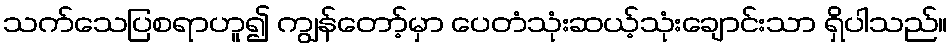
သက်သေပြစရာဟူ၍ ကျွန်တော့်မှာ ပေတံသုံးဆယ့်သုံးချောင်းသာ ရှိပါသည်။